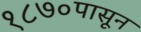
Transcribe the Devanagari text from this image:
१८७०पासून